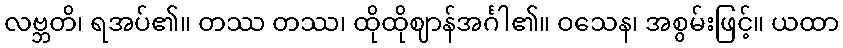
လဗ္ဘတိ၊ ရအပ်၏။ တဿ တဿ၊ ထိုထိုဈာန်အင်္ဂါ၏။ ဝသေန၊ အစွမ်းဖြင့်။ ယထာ